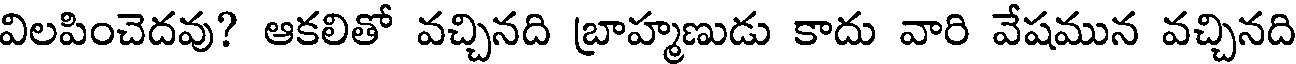
విలపించెదవు? ఆకలితో వచ్చినది బ్రాహ్మణుడు కాదు వారి వేషమున వచ్చినది